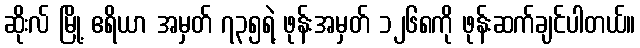
ဆိုးလ် မြို့ ဧရိယာ အမှတ် ၇၃၅ရဲ့ ဖုန်းအမှတ် ၁၂၆၈ကို ဖုန်းဆက်ချင်ပါတယ်။